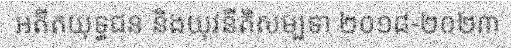
អតីតយុទ្ធជន និងយុវនីតិសម្បទា ២០១៨-២០២៣